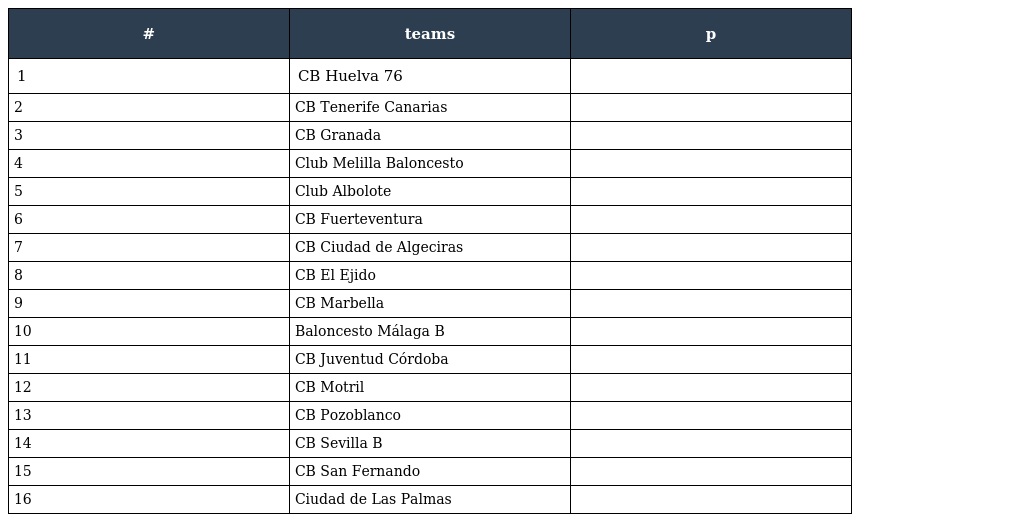
| # | teams | p |
 | --- | --- | --- |
 | 1 | CB Huelva 76 |  |
 | 2 | CB Tenerife Canarias |  |
 | 3 | CB Granada |  |
 | 4 | Club Melilla Baloncesto |  |
 | 5 | Club Albolote |  |
 | 6 | CB Fuerteventura |  |
 | 7 | CB Ciudad de Algeciras |  |
 | 8 | CB El Ejido |  |
 | 9 | CB Marbella |  |
 | 10 | Baloncesto Málaga B |  |
 | 11 | CB Juventud Córdoba |  |
 | 12 | CB Motril |  |
 | 13 | CB Pozoblanco |  |
 | 14 | CB Sevilla B |  |
 | 15 | CB San Fernando |  |
 | 16 | Ciudad de Las Palmas |  |